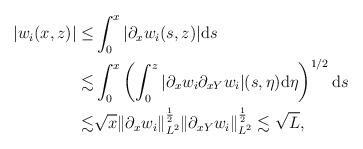
LaTeX: \begin{align*}\begin{aligned}|w_i(x,z)| \leq &\int_0^x|\partial_x w_i(s,z)|\mathrm{d}s\\ \lesssim &\int_0^x\left(\int_0^z |\partial_x w_i \partial_{xY}w_i|(s,\eta)\mathrm{d}\eta\right)^{1/2}\mathrm{d}s\\ \lesssim&\sqrt{x}\Vert \partial_x w_i\Vert_{L^2}^{\frac{1}{2}}\Vert \partial_{xY} w_i\Vert_{L^2}^{\frac{1}{2}} \lesssim \sqrt{L},\end{aligned}\end{align*}